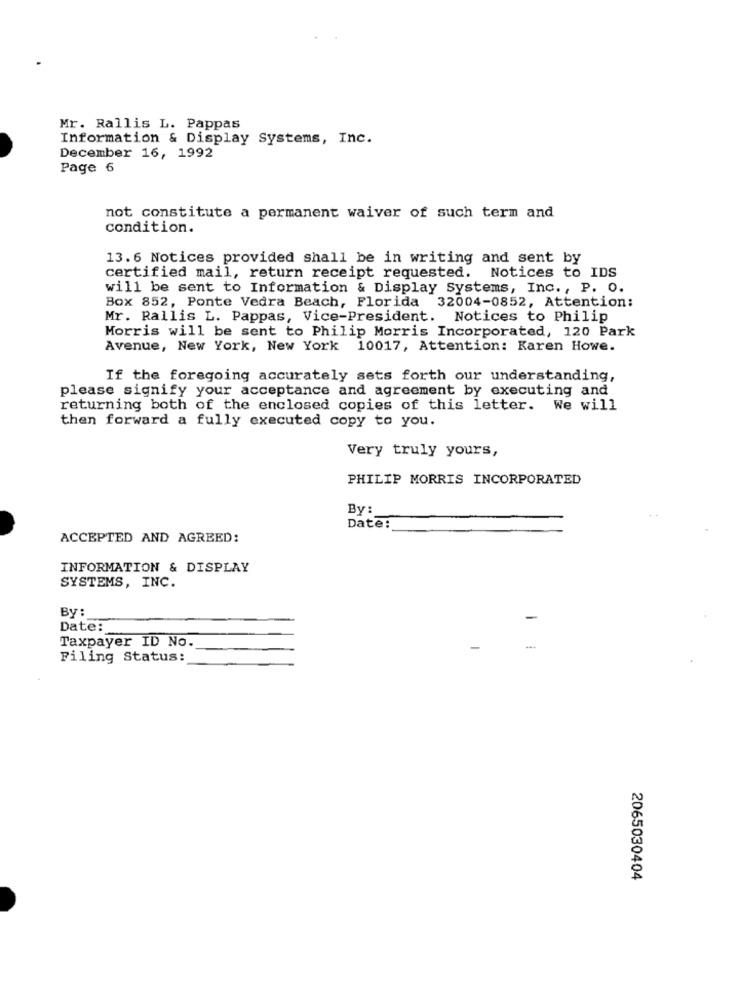
Mr. Rallis L. Pappas
Information & Display Systems, Inc.
December 16, 1992
Page 6
not constitute a permanent waiver of such term and
condition.
13.6 Notices provided shall be in writing and sent by
certified mail, return receipt requested. Notices to IDS
will be sent to Information & Display Systems, Inc. , P. O.
Box 852, Ponte Vedra Beach, Florida 32004-0852, Attention:
Mr. Rallis L. Pappas, Vice-President. Notices to Philip
Morris will be sent to Philip Morris Incorporated, 120 Park
Avenue, New York, New York 10017, Attention: Karen Howe.
If the foregoing accurately sets forth our understanding,
please signify your acceptance and agreement by executing and
returning both of the enclosed copies of this letter. We will
then forward a fully executed copy to you.
Very truly yours,
PHILIP MORRIS INCORPORATED
By:
Date:
ACCEPTED AND AGREED:
INFORMATION & DISPLAY
SYSTEMS, INC.
By:
Date:
Taxpayer ID No.
Filing Status:
2065030404